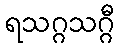
ရသဂ္ဂသဂ္ဂီ